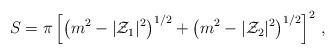
LaTeX: \begin{align*}S=\pi \left[ \left(m^{2}-|{\cal Z}_{1}|^{2}\right)^{1/2}+ \left(m^{2}-|{\cal Z}_{2}|^{2}\right)^{1/2}\right]^{2}\, ,\end{align*}